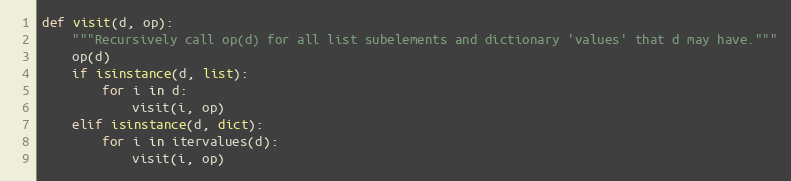
Language: Python
def visit(d, op):
    """Recursively call op(d) for all list subelements and dictionary 'values' that d may have."""
    op(d)
    if isinstance(d, list):
        for i in d:
            visit(i, op)
    elif isinstance(d, dict):
        for i in itervalues(d):
            visit(i, op)